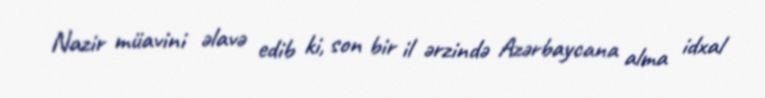
Nazir müavini əlavə edib ki, son bir il ərzində Azərbaycana alma idxal